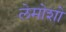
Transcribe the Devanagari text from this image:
लेमोशो